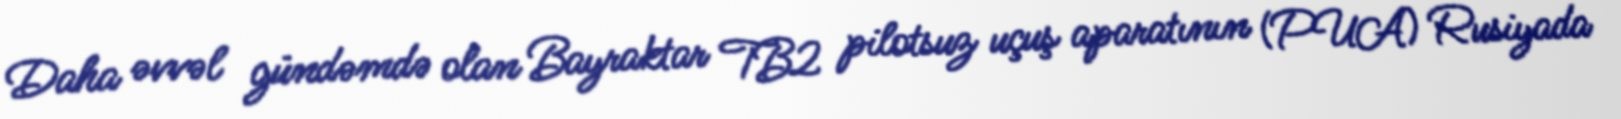
Daha əvvəl gündəmdə olan Bayraktar TB2 pilotsuz uçuş aparatının (PUA) Rusiyada